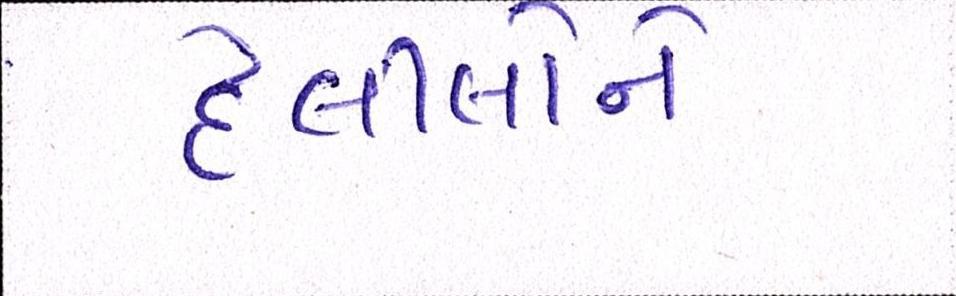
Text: દલીલોને